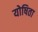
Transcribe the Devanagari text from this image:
योषिता